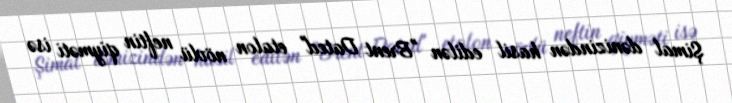
Şimal dənizindən hasil edilən "Brent Dated" etalon növlü neftin qiyməti isə